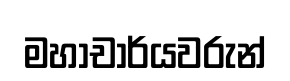
මහාචාර්යවරුන්